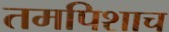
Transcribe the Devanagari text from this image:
तमपिशाच